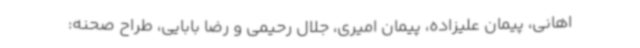
اهانی، پیمان علیزاده، پیمان امیری، جلال رحیمی و رضا بابایی، طراح صحنه: